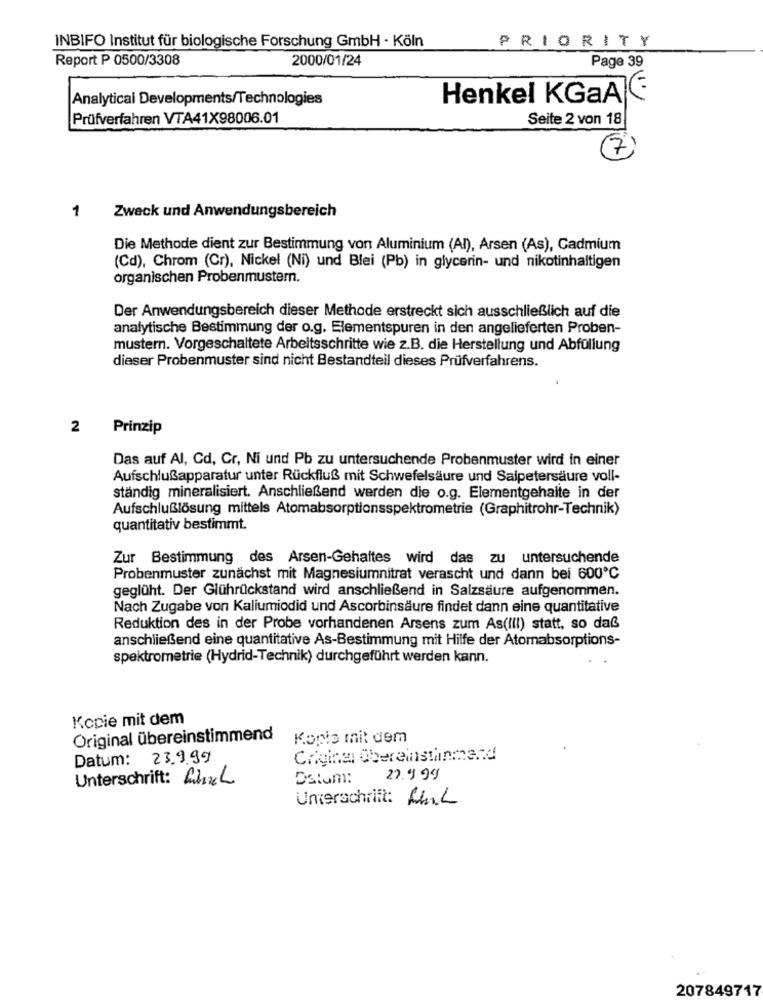
INBIFO Institut für biologische Forschung GmbH · Köln
PRIORITY
Report P 0500/3308
2000/01/24
Page 39
Analytical Developments/Technologies
Henkel KGaAF
Prüfverfahren VTA41X98006.01
Seite 2 von 18
7
Zweck und Anwendungsbereich
1
Die Methode dient zur Bestimmung von Aluminium (Al), Arsen (As), Cadmium
(Cd), Chrom (Cr), Nickel (Ni) und Blei (Pb) in glycerin- und nikotinhaltigen
organischen Probenmustern.
Der Anwendungsbereich dieser Methode erstreckt sich ausschließlich auf die
analytische Bestimmung der o.g. Elementspuren in den angelieferten Proben-
mustern. Vorgeschaltete Arbeitsschritte wie z.B. die Herstellung und Abfüllung
dieser Probenmuster sind nicht Bestandteil dieses Prüfverfahrens.
2
Prinzip
Das auf Al, Cd, Cr, Ni und Pb zu untersuchende Probenmuster wird in einer
Aufschlußapparatur unter Rückfluß mit Schwefelsäure und Salpetersäure voll-
ständig mineralisiert. Anschließend werden die o.g. Elementgehalte in der
Aufschlußlösung mittels Atomabsorptionsspektrometrie (Graphitrohr-Technik)
quantitativ bestimmt.
Zur Bestimmung des Arsen-Gehaltes wird das zu untersuchende
Probenmuster zunächst mit Magnesiumnitrat verascht und dann bei 600℃
geglüht. Der Glührückstand wird anschließend in Salzsäure aufgenommen.
Nach Zugabe von Kaliumiodid und Ascorbinsäure findet dann eine quantitative
Reduktion des in der Probe vorhandenen Arsens zum As(III) statt, so daß
anschließend eine quantitative As-Bestimmung mit Hilfe der Atomabsorptions-
spektrometrie (Hydrid-Technik) durchgeführt werden kann.
Kopie mit dem
Original übereinstimmend
Kopia mit dem
Datum: 23.9.99
Unterschrift: LineL
Datum:
22.9 99
Unterschrift: AhL
207849717